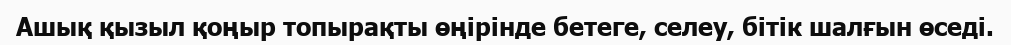
Ашық қызыл қоңыр топырақты өңірінде бетеге, селеу, бітік шалғын өседі.